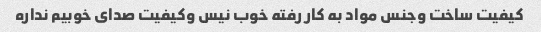
کیفیت ساخت وجنس مواد به کار رفته خوب نیس وکیفیت صدای خوبیم نداره